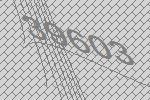
39603